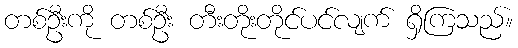
တစ်ဦးကို တစ်ဦး တီးတိုးတိုင်ပင်လျက် ရှိကြသည်။